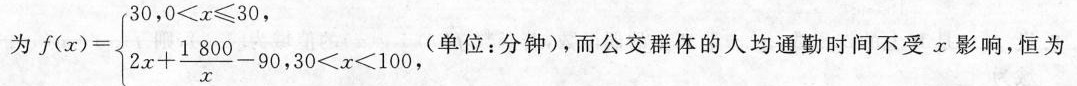
为$$f(x) = \begin{cases}